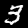
Label: 3